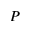
P